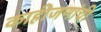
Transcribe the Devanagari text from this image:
काहीजणांची